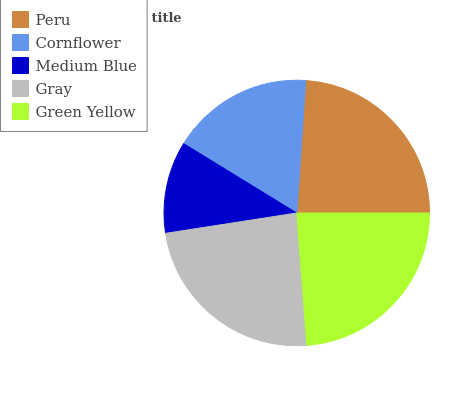
| Peru | Cornflower | Medium Blue | Gray | Green Yellow |
 | --- | --- | --- | --- | --- |
 | 23.9% | 17.4% | 11.2% | 23.7% | 23.7% |